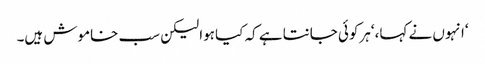
‘انہوں نے کہا، ‘ہرکوئی جانتا ہے کہ کیا ہوا لیکن سب خاموش ہیں۔